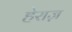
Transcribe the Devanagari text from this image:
हेराज़